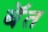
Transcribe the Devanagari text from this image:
बॅत